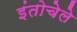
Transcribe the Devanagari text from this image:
इंतोचेले